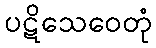
ပဋိသေဝေတုံ